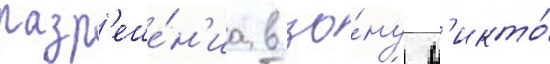
разр'еше́н'иа в зо́ну н'икто́